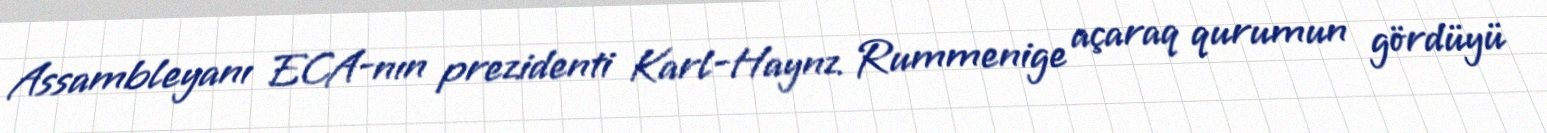
Assambleyanı ECA-nın prezidenti Karl-Haynz Rummenige açaraq qurumun gördüyü